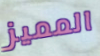
المميز